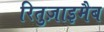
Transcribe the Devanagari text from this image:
रितुज़ाइमैब